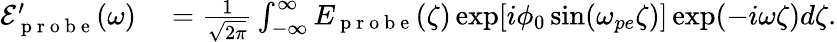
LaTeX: \begin{array}{rl}{\mathcal{E}_{\mathrm{~p~r~o~b~e~}}^{\prime}(\omega)}&{{}=\frac{1}{\sqrt{2\pi}}\int_{-\infty}^{\infty}E_{\mathrm{~p~r~o~b~e~}}(\zeta)\exp[i\phi_{0}\sin(\omega_{pe}\zeta)]\exp(-i\omega\zeta)d\zeta.}\end{array}